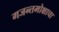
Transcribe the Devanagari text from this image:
गजन्तमोक्षाचा